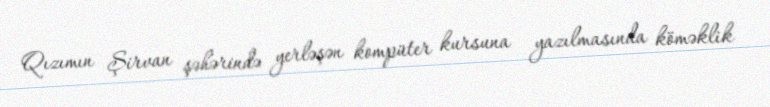
Qızımın Şirvan şəhərində yerləşən kompüter kursuna yazılmasında köməklik